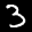
Label: 3